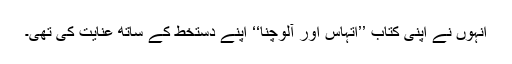
انہوں نے اپنی کتاب ’’اتہاس اور آلوچنا‘‘ اپنے دستخط کے ساتھ عنایت کی تھی۔